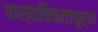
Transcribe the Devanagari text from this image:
वास्तविकतापूर्ण